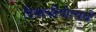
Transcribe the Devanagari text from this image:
दिवाळीप्रीत्यर्थ